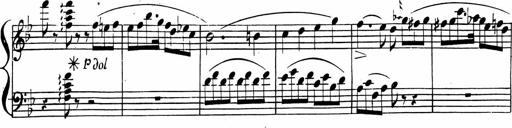
Title: 2 Piano Sonatinas
Composer: Ferdinand Ries